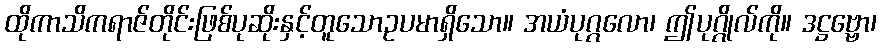
ထိုကာသိကရာဇ်တိုင်းဖြစ်ပုဆိုးနှင့်တူသောဥပမာရှိသော။ အယံပုဂ္ဂလော၊ ဤပုဂ္ဂိုလ်ကို။ ဒဋ္ဌဗ္ဗော၊